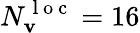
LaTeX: N_{\mathbf{v}}^{\mathrm{~l~o~c~}}=16